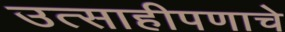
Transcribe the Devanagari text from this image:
उत्साहीपणाचे